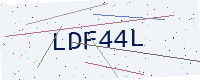
Text: LDF44L